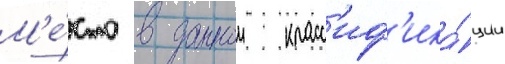
М'е́сто в даннои класс'иф'ика́ции